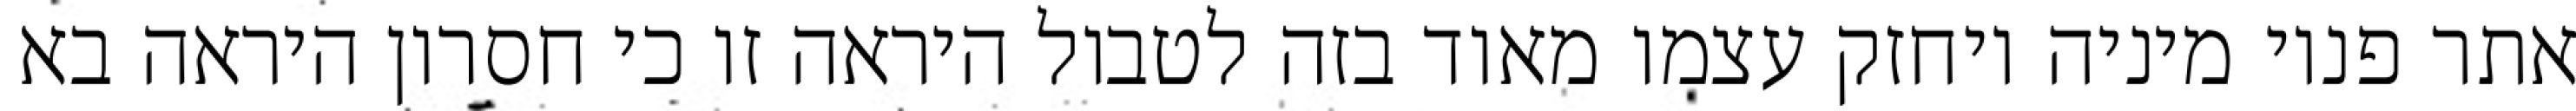
אתר פנוי מיניה ויחזק עצמו מאוד בזה לטבול היראה זו כי חסרון היראה בא